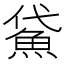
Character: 𩶕